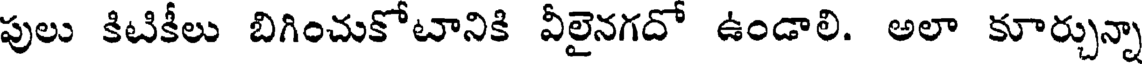
పులు కిటికీలు బిగించుకోటానికి వీలైనగదో ఉండాలి. అలా కూర్చున్నా